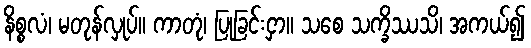
နိစ္စလံ၊ မတုန်လှုပ်။ ကာတုံ၊ ပြုခြင်းငှာ။ သစေ သက္ခိဿသိ၊ အကယ်၍